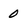
Character: 0